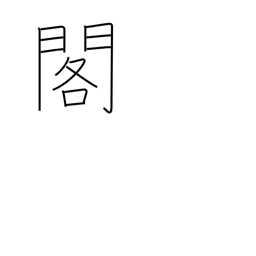
Meaning: palace